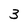
Character: 3